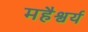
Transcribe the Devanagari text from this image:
महैश्वर्य